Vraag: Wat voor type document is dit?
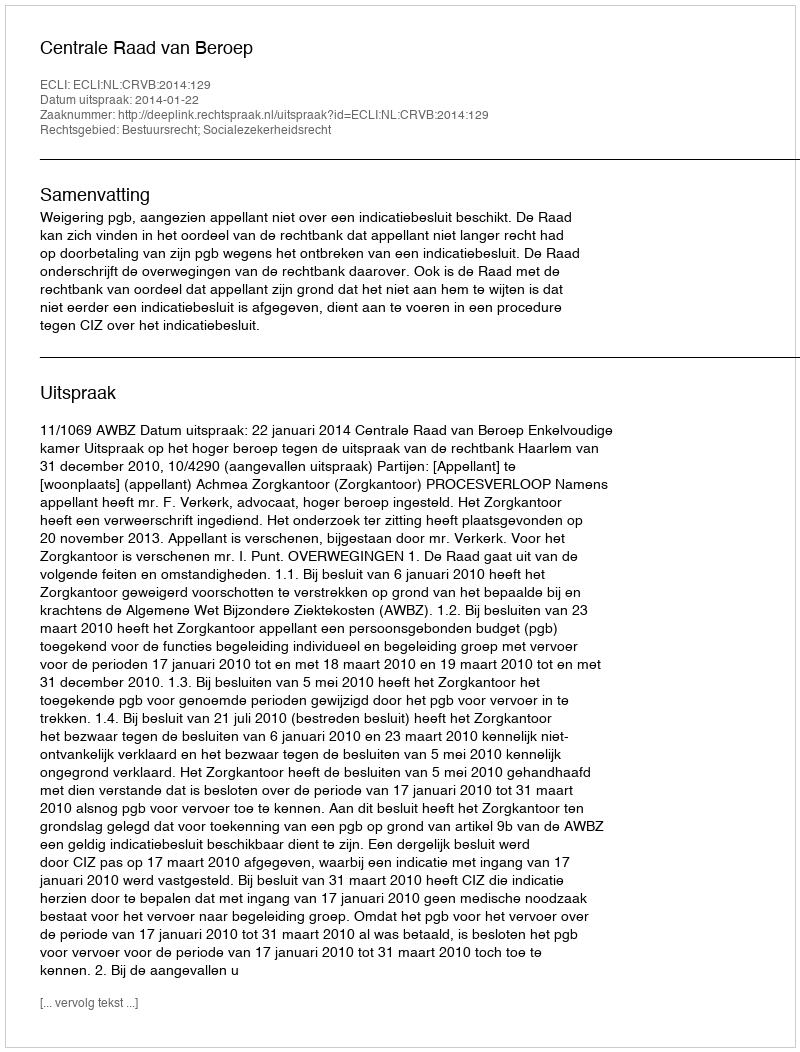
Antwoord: Uitspraak